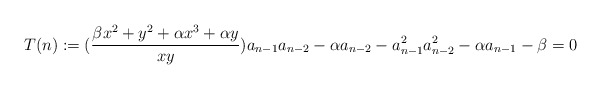
\begin{align*} T(n):= (\frac{\beta x^2+y^2+\alpha x^3+\alpha y}{xy})a_{n-1}a_{n-2}-\alpha a_{n-2}-a_{n-1}^2a_{n-2}^2-\alpha a_{n-1}-\beta=0\end{align*}